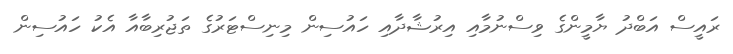
ރައީސް އަބްދު ޔާމީންގެ ވިސްނުމާއި އިރުޝާދާއި ހައުސިން މިނިސްޓަރުގެ ތަޖުރިބާއާ އެކު ހައުސިން